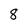
Character: 8